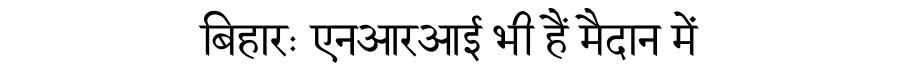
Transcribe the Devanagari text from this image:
बिहारः एनआरआई भी हैं मैदान में